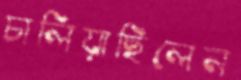
চালিয়াছিলেন